Trukikaitis_Postimees, lk 5
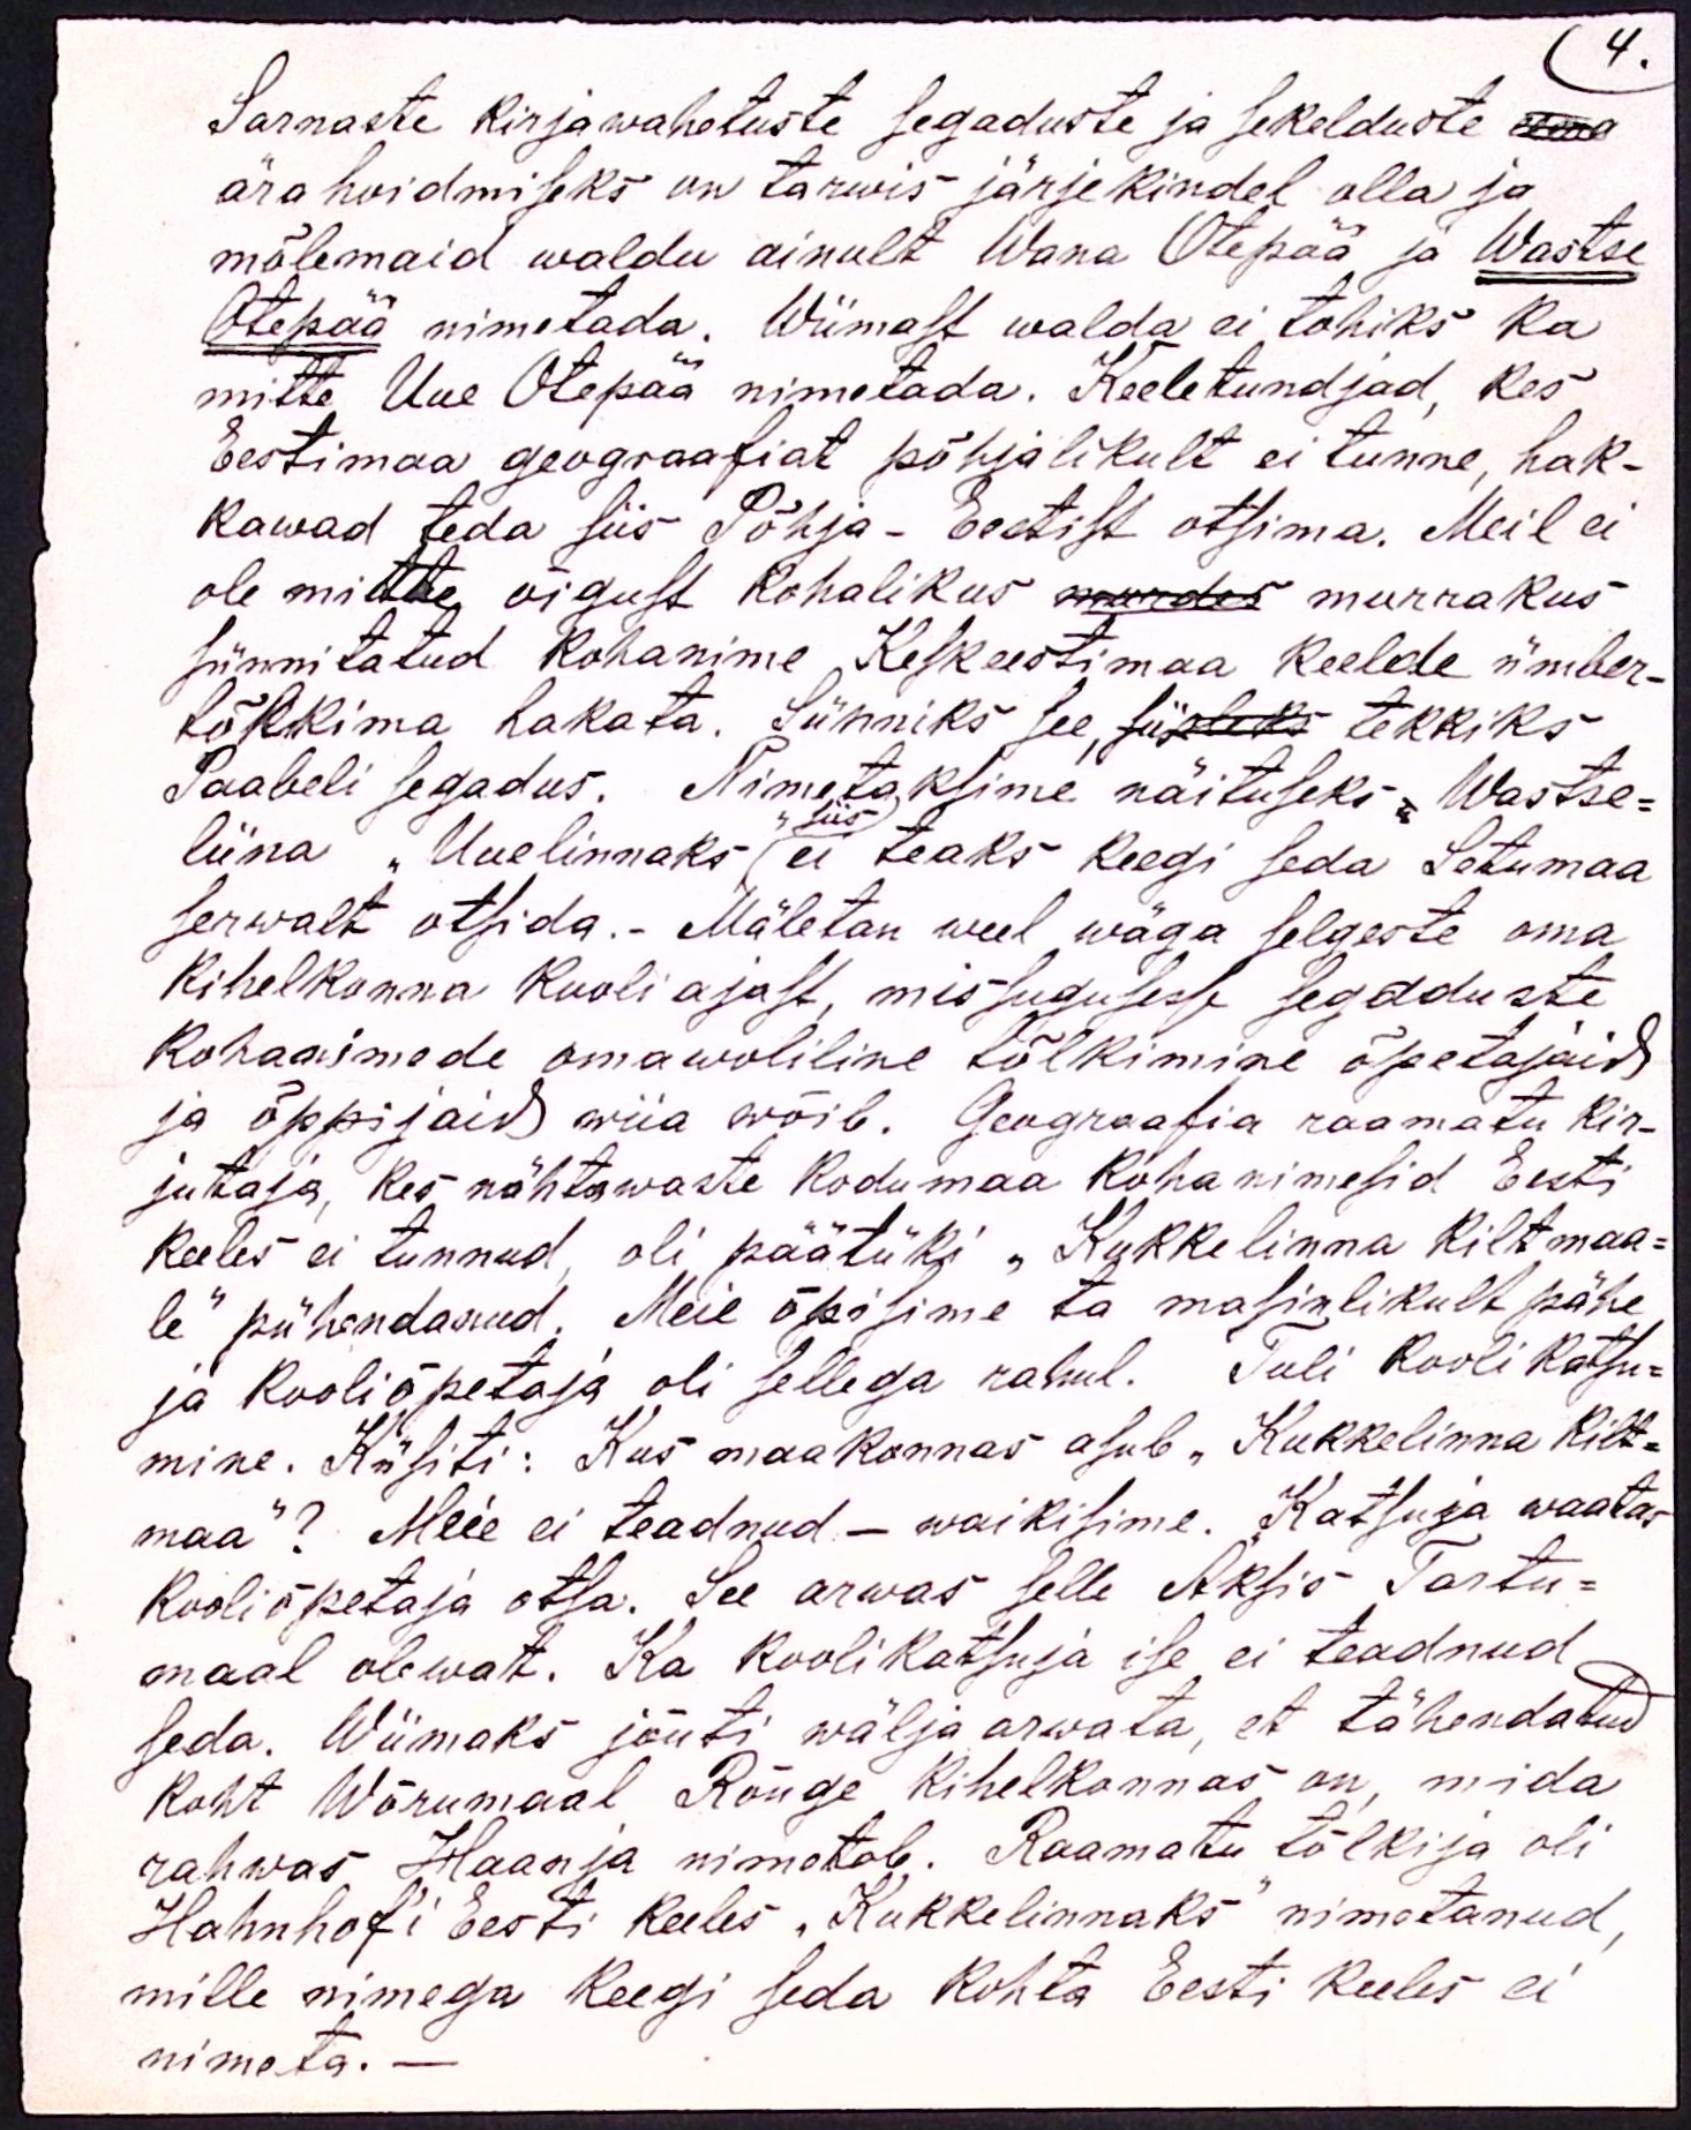
4.
Sarnaste kirjawahetuste segaduste ja sekelduste
ära hoidmiseks on tarwis järjekindel olla ja
mõlemaid waldu ainult Wana Otepää ja Wastse
Otepää nimetada. Wiimast walda ei tohiks ka
mitte Uue Otepää nimetada. Keeletundjad, kes
Eestimaa geograafiat põhjalikult ei tunne, hak-
kawad teda siis Põhja-Eestist otsima. Meil ei
ole mitte õigust kohalikus murdes murrakus
sünnitatud kohanime Keskestimaa keelde ümber-
tõlkima hakata. Sünniks see, siis tekkiks
Paabeli segadus. Nimetaksime näituseks, Wastse-
liina "Uuelinnaks" ei teaks keegi seda Setumaa
serwalt otsida.- Mäletan weel wäga selgeste oma
Kihelkonna kooli ajast, missugusesse segaduste
Kohanimede omawoliline tõlkimine õpetajaid
ja õppijaid wiia wõib. Georgraafia raamatu kir-
jutaja, kes nähtawaste kodumaa kohanimesid Eesti
keeles ei tunnud, oli päätüki "Kukkelinna kiltmaa-
le" pühendanud. Meie õpisime ta masinlikult pähe
ja kooliõpetaja oli sellega rahul. Tuli Kooli katsu-
mine. Küsiti: Kus maakonnas asub "Kukkelinna kilt-
maa"? Meie ei teadnud - waikisime. Katsuja waatas
Kooliõpetaja otsa. See arwas selle Äksis Tartu-
maal olewat. Ka kooli katsuja ise ei teadnud,
seda. Wiimaks jõuti wälja arwata, et tähendatud
koht Wõrumaal Rõuge kihelkonnas on, mida
rahwas Haanja nimetab. Raamatu tõlkija oli
Hahnhof'i Eesti keeles "Kukkelinnaks" nimetanud,
mille nimega keegi seda kohta Eesti keeles ei
nimeta.